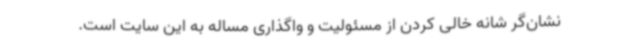
نشان‌گر شانه خالی کردن از مسئولیت و واگذاری مساله به این سایت است.